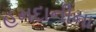
હમદાનીના